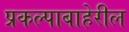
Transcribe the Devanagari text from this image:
प्रकल्पाबाहेरील